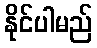
နိုင်ပါမည်